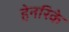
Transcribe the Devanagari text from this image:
हेनरिके